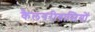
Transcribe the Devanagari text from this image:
कैलगरीवासियों